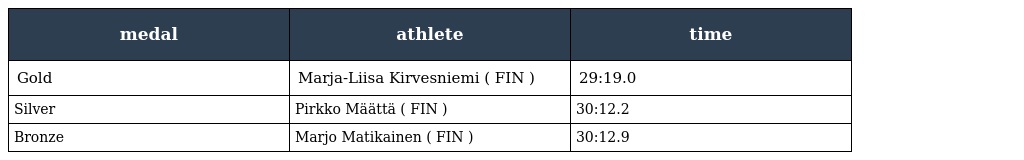
| medal | athlete | time |
 | --- | --- | --- |
 | Gold | Marja-Liisa Kirvesniemi ( FIN ) | 29:19.0 |
 | Silver | Pirkko Määttä ( FIN ) | 30:12.2 |
 | Bronze | Marjo Matikainen ( FIN ) | 30:12.9 |